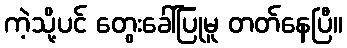
ကဲ့သို့ပင် တွေးခေါ်ပြုမူ တတ်နေပြီ။